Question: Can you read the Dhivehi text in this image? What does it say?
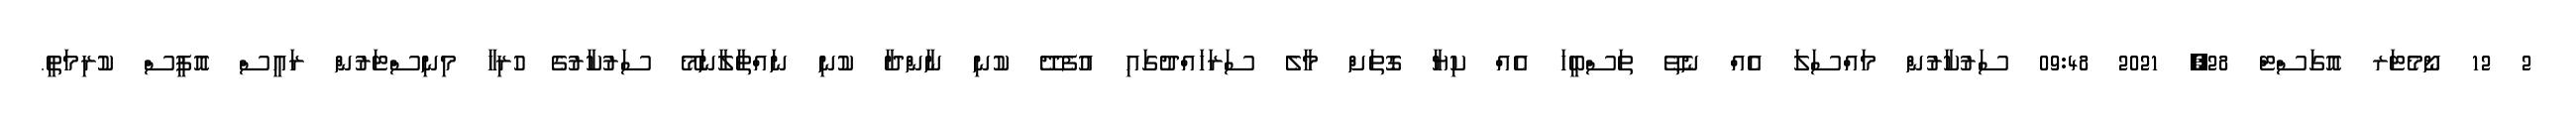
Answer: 2 12 ނޯމެޓަރ އޮގަސްޓް 28, 2021 09:48 ސަރުކާރުން މައްސަލަ އެއް ނެތޭ ތަސްބީހަ އެއް ކިޔާ ގޮތަށް މާލެ ސަރަހައްދުގައި އުފެދޭ ކުނި ނާންދާ ކުނި ނައްތާލާނަމޭ ސަރުކާރުގެ ހުރިހާ މިނިސްޓަރުން ރައީސް އޮފީސް ކުރިމަތީ.